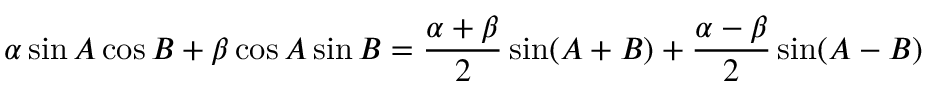
\alpha \sin A \cos B + \beta \cos A \sin B = \frac { \alpha + \beta } { 2 } \sin ( A + B ) + \frac { \alpha - \beta } { 2 } \sin ( A - B )